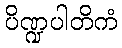
ပိဏ္ဍပါတိကံ